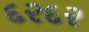
દરદર